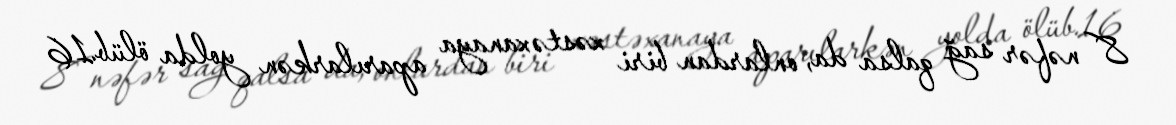
8 nəfər sağ qalsa da, onlardan biri xəstəxanaya aparılarkən yolda ölüb.16